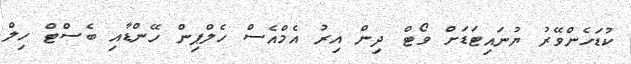
ކުޑަހެންވޭރު ޔުނައިޓަޑަށް ވޯޓް ދިން އިރު އެމްއެސް ހެލްޕިން ހޭންޑާއި ބެސްޓް ހިލް